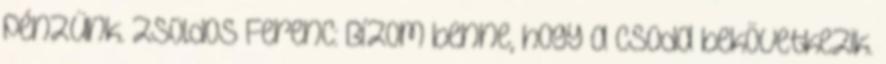
pénzünk. Zsoldos Ferenc: Bízom benne, hogy a csoda bekövetkezik.